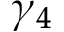
\gamma _ { 4 }